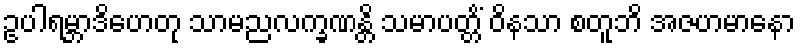
ဥပါရမ္ဘာဒိဟေတု သာမညလက္ခဏန္တိ သမာပတ္တိံ ဝိနသာ စတူဘိ အဇဟမာနော